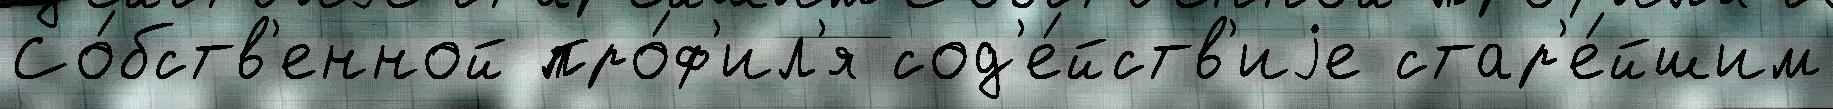
Со́бств'енной про́ф'ил'я сод'е́йств'иjе стар'е́йшим